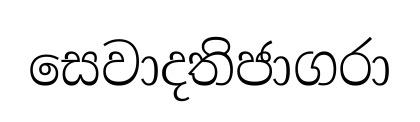
සෙවාදතිජාගරා